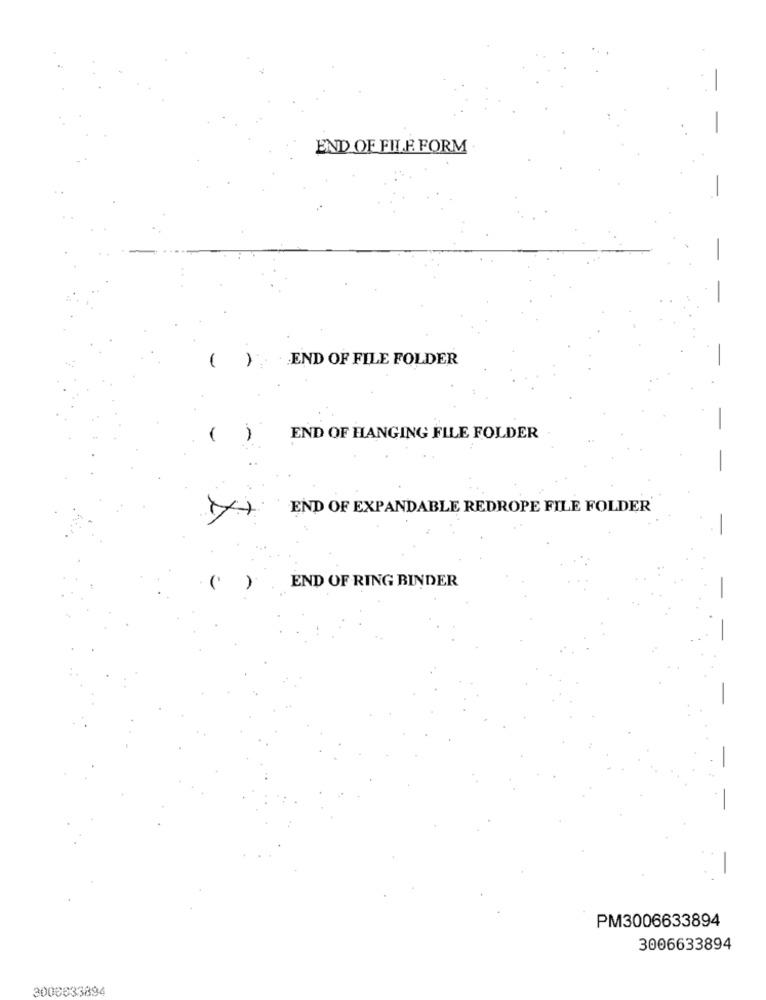
END OF FILE FORM
-.
" END OF FILE FOLDER
END OF HANGING FILE FOLDER
END OF EXPANDABLE REDROPE FILE FOLDER
END OF RING BINDER
( )
PM3006633894
3006633894
3006833894